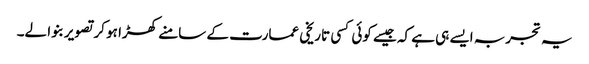
یہ تجربہ ایسے ہی ہے کہ جیسے کوئی کسی تاریخی عمارت کے سامنے کھڑا ہو کر تصویر بنوا لے۔